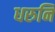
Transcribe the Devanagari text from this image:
धरुनि